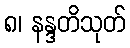
၈၊ နန္ဒတိသုတ်